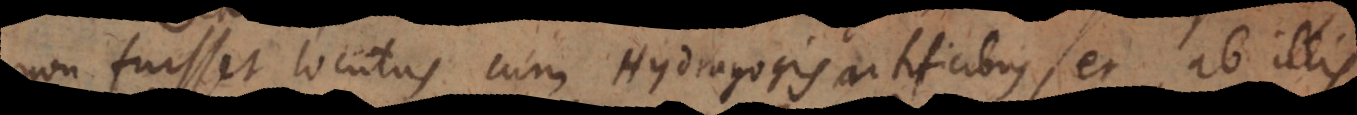
on fuisset locutus cum Hydragogis artificibus, et ab illis